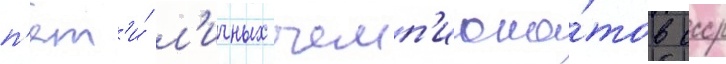
п'ят'и́ л'ичных чемп'иона́тов ссср